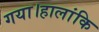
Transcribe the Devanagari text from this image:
गया।हालांकि